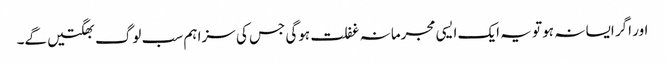
اور اگر ایسا نہ ہو تو یہ ایک ایسی مجرمانہ غفلت ہوگی جس کی سزا ہم سب لوگ بھگتیں گے۔